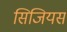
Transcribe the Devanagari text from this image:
सिजियस